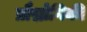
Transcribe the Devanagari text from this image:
प्रौद्मोगिकी